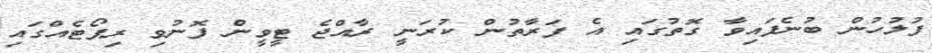
ފުލުހުން ބުނެފައިވާ ގޮތުގައި އެ ފަރާތުން ކުރަނީ ރާއްޖެ ޓީވީން ފޮނުވި ރިޕޯޓެއްގައި